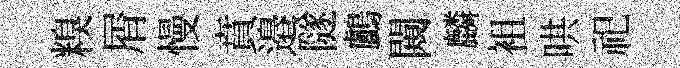
糗屑慢賁邉隧鸕闚麟袓哄祀